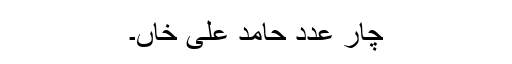
چار عدد حامد علی خاں۔